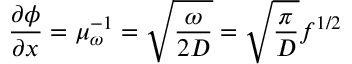
\frac { \partial { \phi } } { \partial { x } } = \mu _ { \omega } ^ { - 1 } = \sqrt { \frac { \omega } { 2 D } } = \sqrt { \frac { \pi } { D } } f ^ { 1 / 2 }